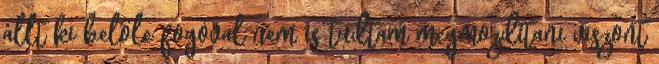
állt ki belőle fogóval nem is tudtam megmozdítani viszont